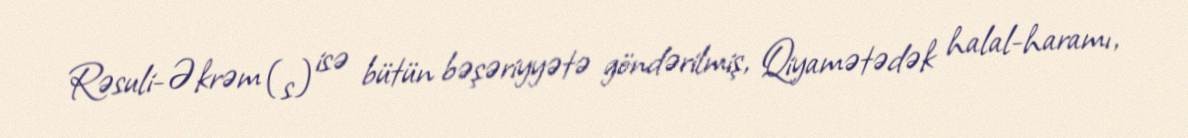
Rəsuli-Əkrəm (s) isə bütün bəşəriyyətə göndərilmiş, Qiyamətədək halal-haramı,